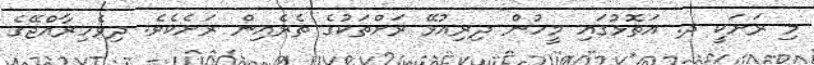
މި ރަށަކީ ދ. އަތޮޅުގައި މީހުން ދިރިއުޅޭ ރަށްތަކުގެ ތެރެއިން ރަށެކެވެ. ދިވެހިރާއްޖޭގެ